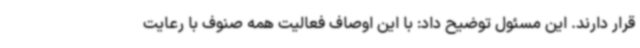
قرار دارند. این مسئول توضیح داد: با این اوصاف فعالیت همه صنوف با رعایت